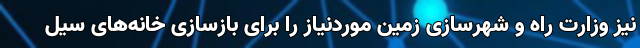
نیز وزارت راه و شهرسازی زمین موردنیاز را برای بازسازی خانه‌های سیل